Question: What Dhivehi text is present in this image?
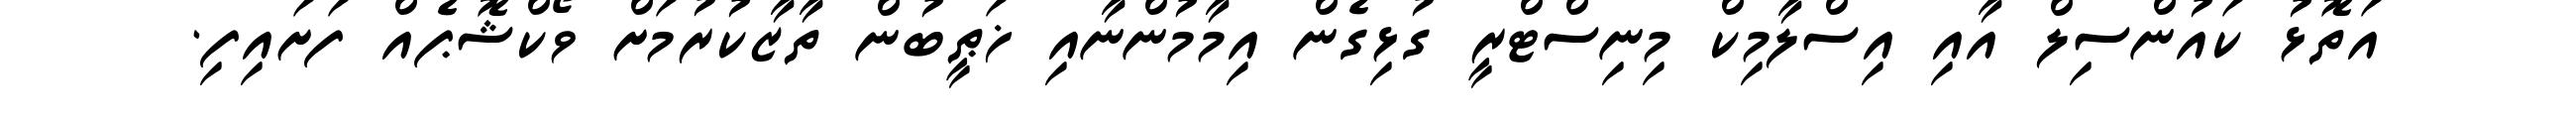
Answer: އަތޮޅު ކައުންސިލް އާއި އިސްލާމިކް މިނިސްޓްރީ ގުޅިގެން އިމާމުންނާއި ޚަޠީބުން ތާޒާކުރުމަށް ވޯކްޝޮޕެއް ފަށައިފި.